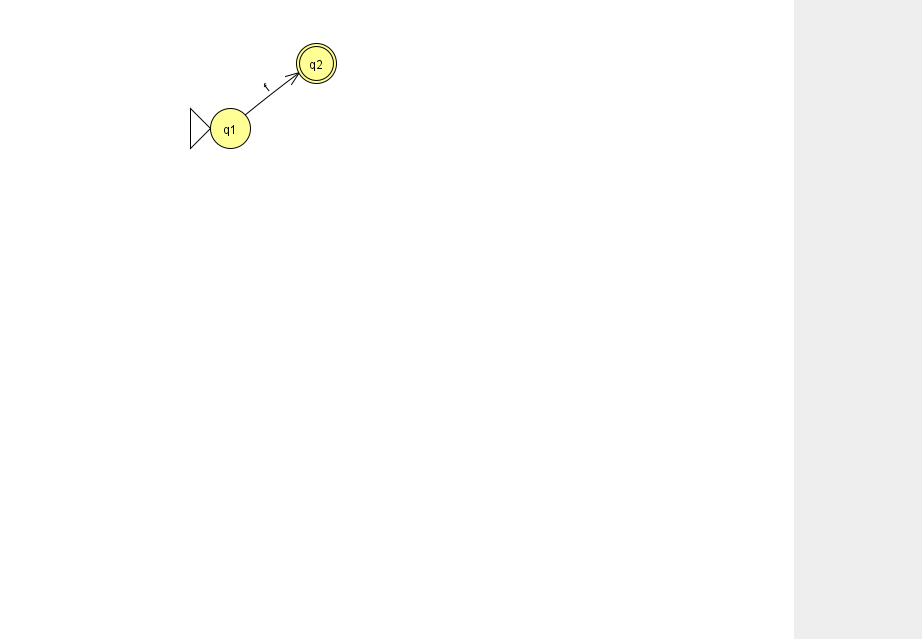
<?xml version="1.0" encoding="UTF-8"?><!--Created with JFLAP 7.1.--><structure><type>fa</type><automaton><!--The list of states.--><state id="1" name="q1"><x>230.0</x><y>115.0</y><initial/></state><state id="2" name="q2"><x>316.0</x><y>50.0</y><final/></state><!--The list of transitions.--><transition><from>1</from><to>2</to><read>f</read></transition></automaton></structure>